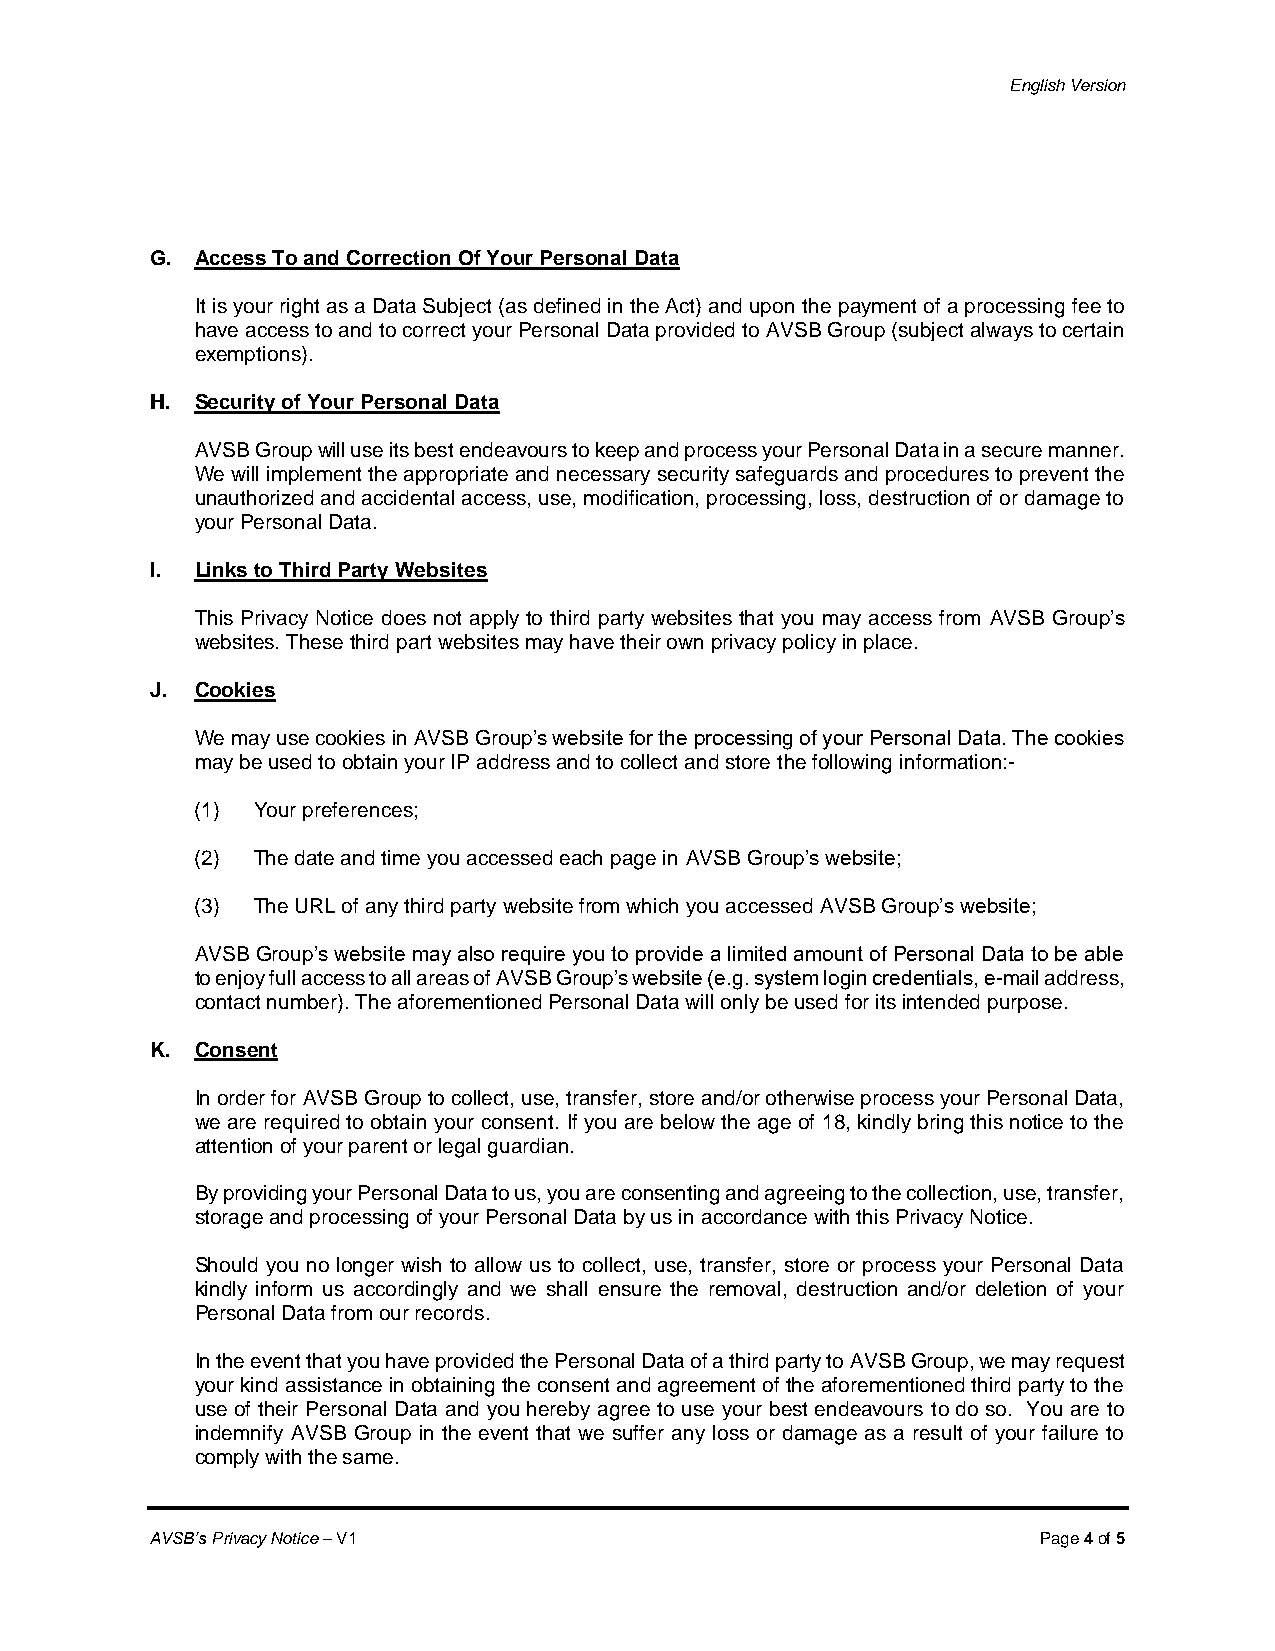
English Version
 G. Access To and Correction Of Your Personal Data
 It is your right as a Data Subject (as defined in the Act) and upon the payment of a processing fee to
 have access to and to correct your Personal Data provided to AVSB Group (subject always to certain
 exemptions).
 H. Security of Your Personal Data
 AVSB Group will use its best endeavours to keep and process your Personal Data in a secure manner.
 We will implement the appropriate and necessary security safeguards and procedures to prevent the
 unauthorized and accidental access, use, modification, processing, loss, destruction of or damage to
 your Personal Data.
 I. Links to Third Party Websites
 This Privacy Notice does not apply to third party websites that you may access from AVSB Group’s
 websites. These third part websites may have their own privacy policy in place.
 J. Cookies
 We may use cookies in AVSB Group’s website for the processing of your Personal Data. The cookies
 may be used to obtain your IP address and to collect and store the following information:-
 (1) Your preferences;
 (2) The date and time you accessed each page in AVSB Group’s website;
 (3) The URL of any third party website from which you accessed AVSB Group’s website;
 AVSB Group’s website may also require you to provide a limited amount of Personal Data to be able
 to enjoy full access to all areas of AVSB Group’s website (e.g. system login credentials, e-mail address,
 contact number). The aforementioned Personal Data will only be used for its intended purpose.
 K. Consent
 In order for AVSB Group to collect, use, transfer, store and/or otherwise process your Personal Data,
 we are required to obtain your consent. If you are below the age of 18, kindly bring this notice to the
 attention of your parent or legal guardian.
 By providing your Personal Data to us, you are consenting and agreeing to the collection, use, transfer,
 storage and processing of your Personal Data by us in accordance with this Privacy Notice.
 Should you no longer wish to allow us to collect, use, transfer, store or process your Personal Data
 kindly inform us accordingly and we shall ensure the removal, destruction and/or deletion of your
 Personal Data from our records.
 In the event that you have provided the Personal Data of a third party to AVSB Group, we may request
 your kind assistance in obtaining the consent and agreement of the aforementioned third party to the
 use of their Personal Data and you hereby agree to use your best endeavours to do so. You are to
 indemnify AVSB Group in the event that we suffer any loss or damage as a result of your failure to
 comply with the same.
 AVSB’s Privacy Notice – V1                                 Page 4 of 5